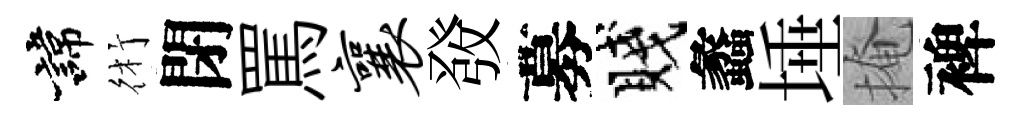
諱術閉罵襄𤼲募賤蠡埵掩裨